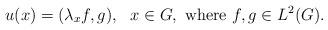
LaTeX: \begin{align*}u(x) = (\lambda_x f,g),\ \ x\in G, \mbox{ where } f,g\in L^2(G).\end{align*}